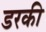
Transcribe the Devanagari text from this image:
डरकी